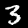
Label: 3